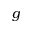
g